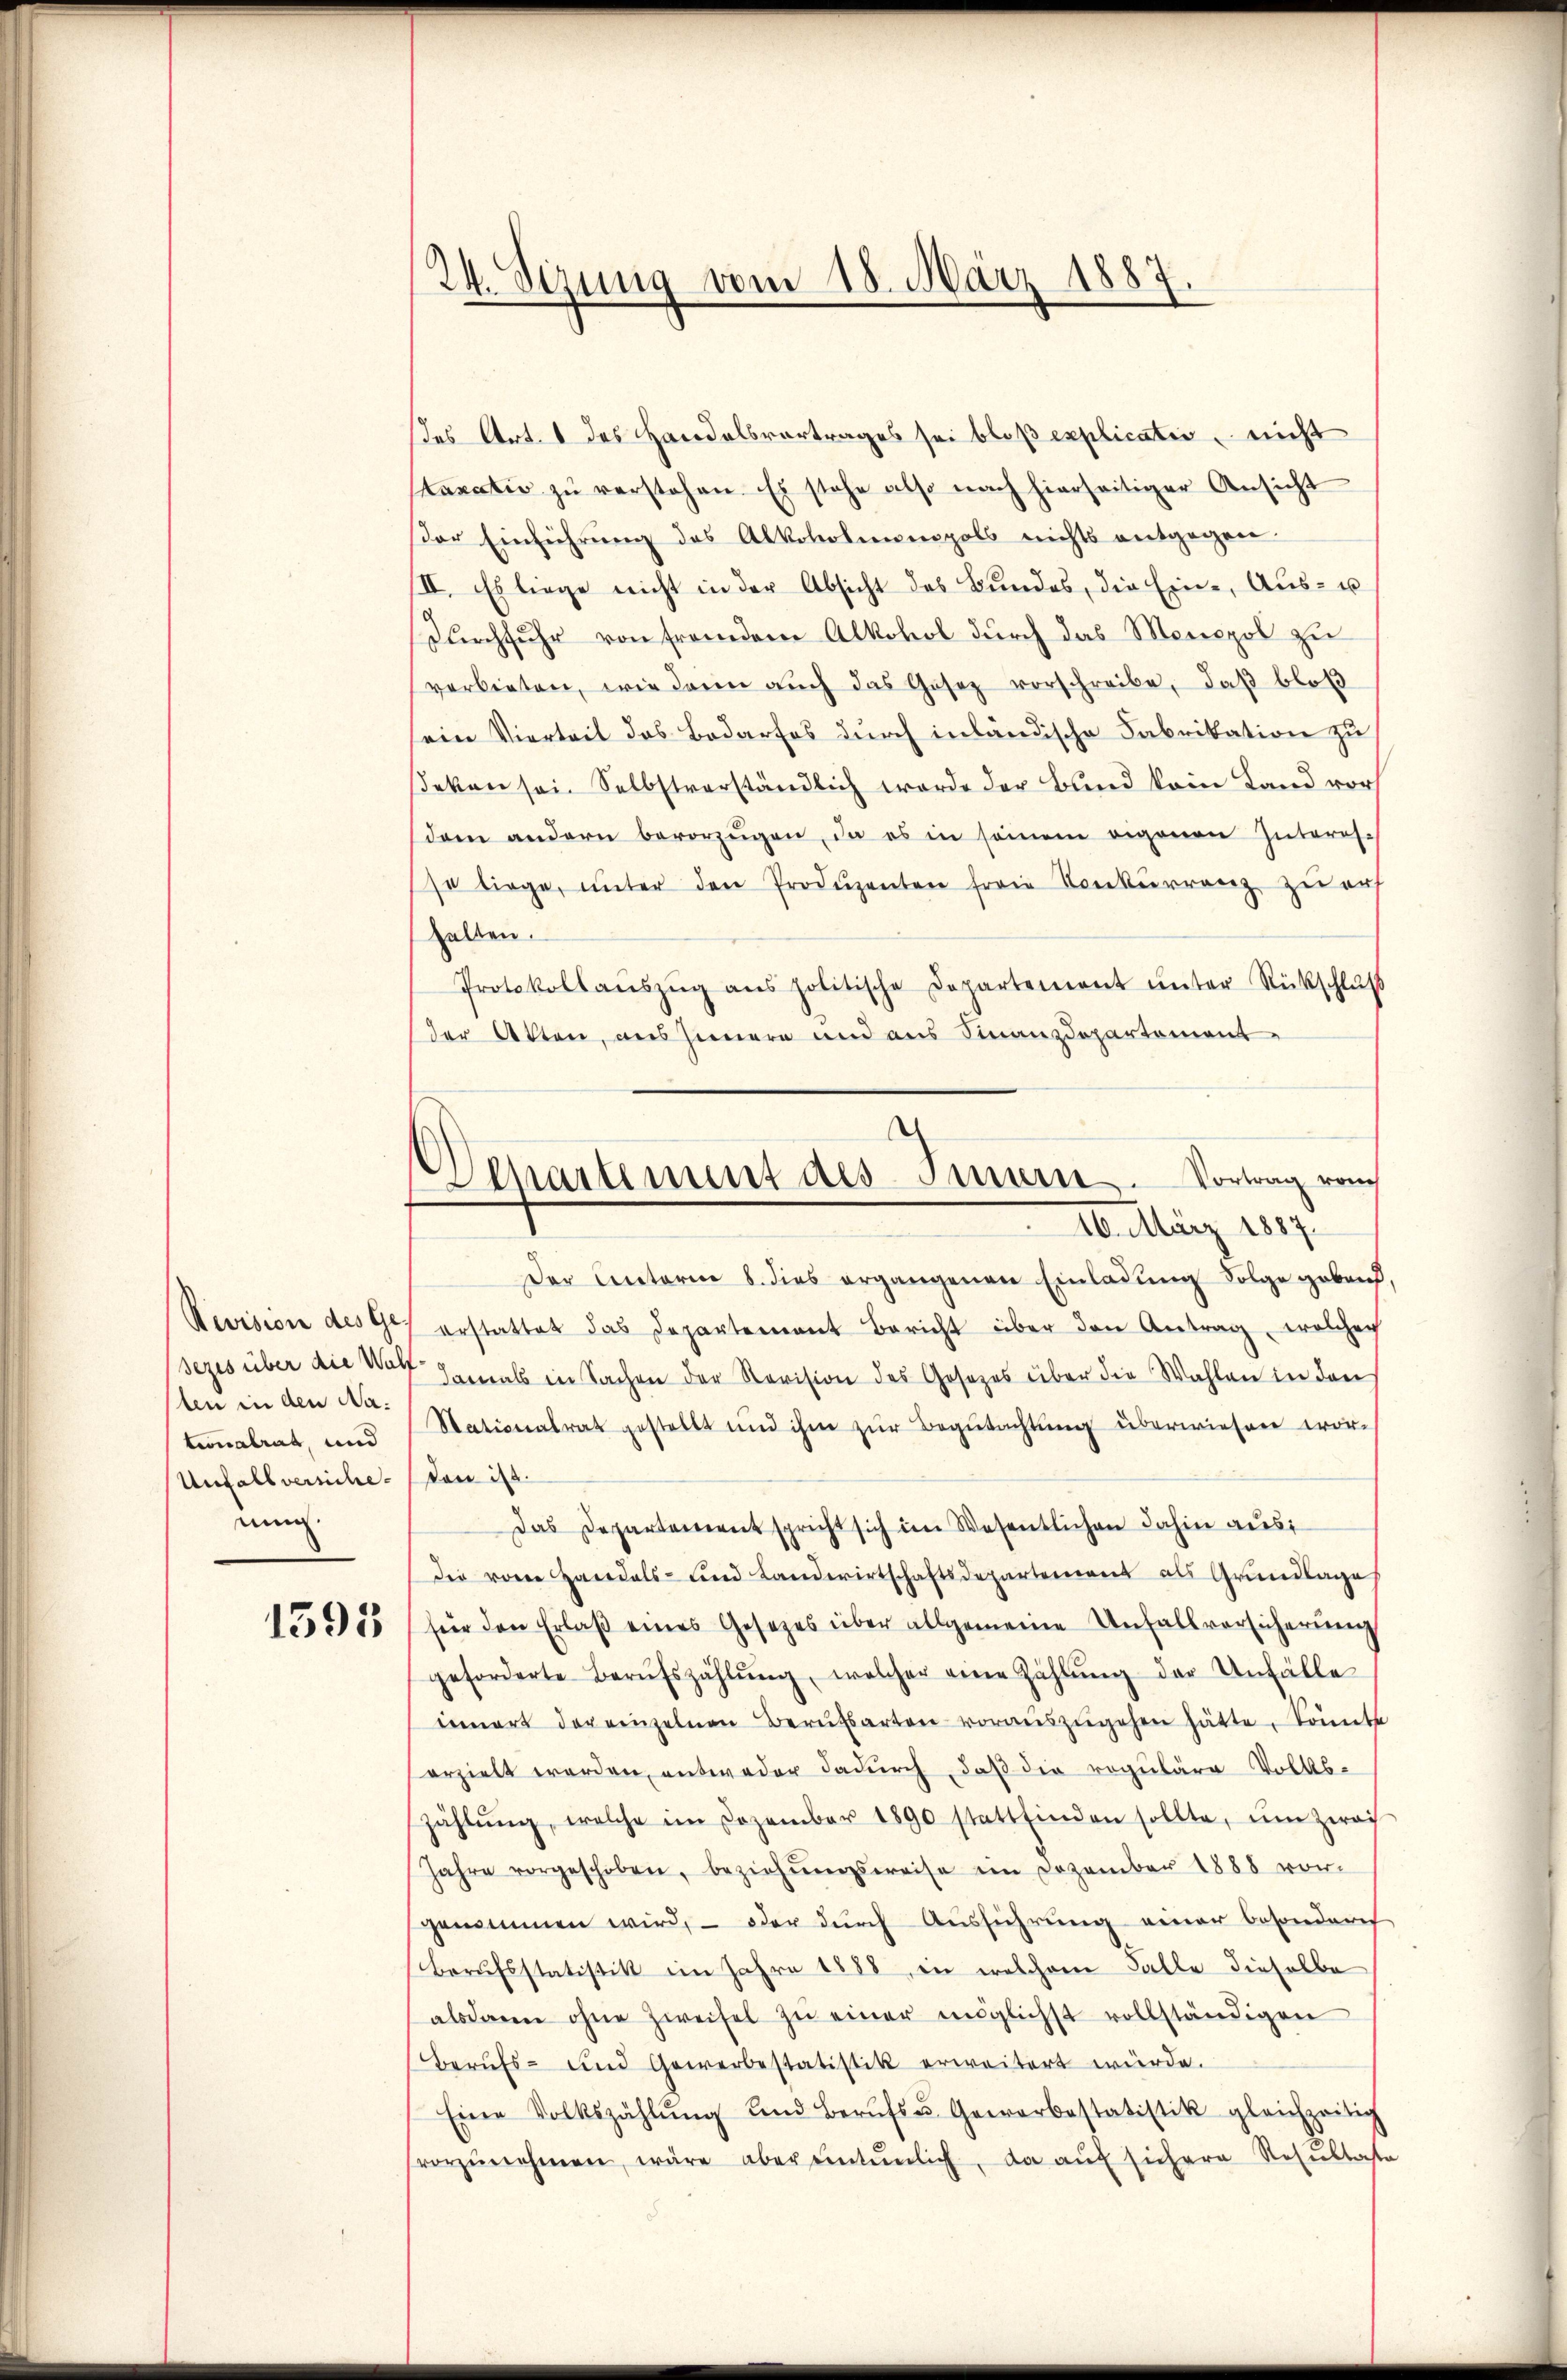
Revision des Ge-
sezes über die Wolf.
ten in den Nationalrat, und
Unfall versicheun

1395

24. Sizung vom 18. März 1887
d

des Art. 1 des Handelsvortrages sei bloß explicatio nicht
taxatio zŭ verstehen. Es stehe also nach hierseitiger Ansicht
or Einführung des Alkoholmonopols nichts entgegen-
II. Es liege nicht in der Absicht des Bundes, die Ein- Aus- u
Durchfuhr von fremdem Alkohol durch das Monopol zu
verbieten, wie dann aŭch das Gesetz vorschreibe, daβ bloß
ein Vierteil des Bedarfes durch inländische Fabrikation zu
Jeken sei. Selbstverständlich werde der Bund kein Land vor
dem andern bevorzŭgen, da es in seinem eigenen Interes-
so liege, ŭnter den Produzenten freie Konkurrenz zu auf
halten.
Protokollaŭszŭg ans politische Departement ŭnter Rückschlŭβ
der Akten, aus Innere und aus Finanzdepartement
Der Unterm 8. dies ergangenen Einladung Folge gebend
erstattet das Departement Bericht über den Antrag, welcher
damals in Sachen der Revision des Gesetzes über die Wahlen in den
Stationalrat gestellt und ihm zŭr Begutachtŭng überwiesen wor-
don ist.
Das Departementspricht sich im Wesentlichen dahin aus
die von Handels- und Landwirtschaftsdepartement als Grundlage
für den Erlaβ eines Gesetzes über allgemeine Unfallversicherung
geforderte Berufszahlŭng, welcher eine Zahlŭng der Unfälle
eenart der einzelnen Berufsarten voraŭszŭgehen hätte. Sonnte
erzielt werden, entweder dadurch, daß die reguläre Volks-
Zählŭng, welche im Dozember 1890 stattfinden sollte, um zwei
Jahre vorgeschoben, beziehŭngsweise im Dezember 1888 vor-
genommen wird, – oder durch Ausführung einer besonderes
Berufsstatistik im Jahre 1888, in welchem Falle dieselbe
alsdann ohne Zweifel zŭ einer möglichst vollständigen
Berufs- und Gewerbestatistik erweitert würde.
Eine Volkszählŭng und Berŭfs u. Gewerbestatistik gleichzeitig
vorzŭnehmen, wäre aber entenlich, da aŭf sichere Resultat

Departement des Innen. Vortrag vom
16. März 1889.